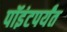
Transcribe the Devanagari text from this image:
पॉइंटपर्यंत